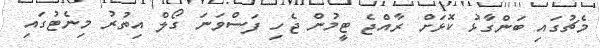
މެޗުގައި ބަންގާޅު ކޮޅަށް ރާއްޖެ ޓީމުން ޖެހި ފަސްވަނަ ގޯލް އިތުރު މިނެޓުގައި